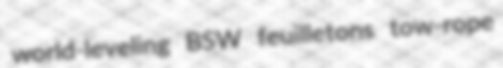
world-leveling BSW feuilletons tow-rope